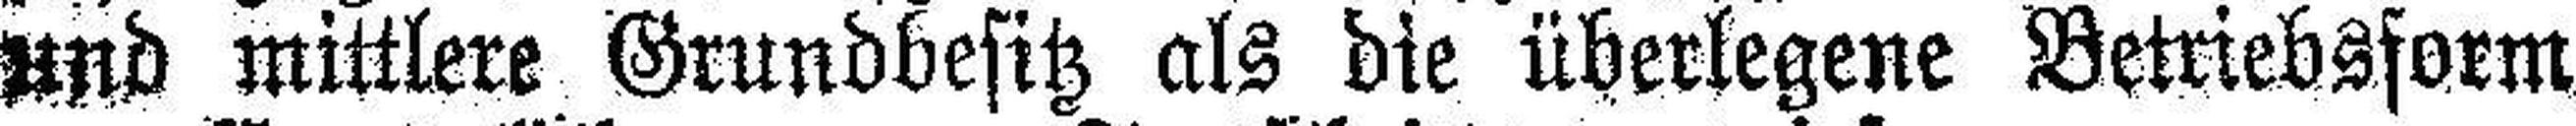
und mittlere Grundbesitz als die überlegene Betriebsform